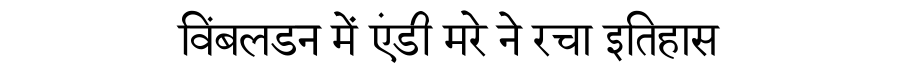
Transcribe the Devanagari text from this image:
विंबलडन में एंडी मरे ने रचा इतिहास